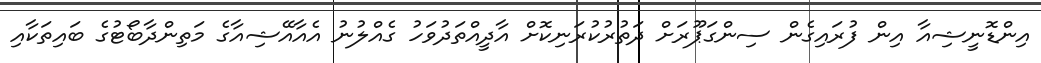
އިންޑޮނީޝިއާ އިން ފުރައިގެން ސިންގަޕޫރަށް ދަތުރުކުރަނިކޮށް އާދީއްތަދުވަހު ގެއްލުނު އެއާއޭޝިއާގެ މަތިންދާބޯޓުގެ ބައިތަކާއި